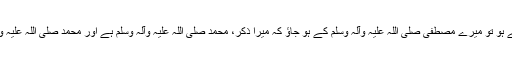
گویا اللہ فرما رہا ہے لوگو دلوں کا اطمینان چاہتے ہو تو میرے مصطفیٰ صلی اللہ علیہ وآلہ وسلم کے ہو جاؤ کہ میرا ذکر، محمد صلی اللہ علیہ وآلہ وسلم ہے اور محمد صلی اللہ علیہ وآلہ وسلم سے وابستگی میں سب دلوں کا چین ہے۔